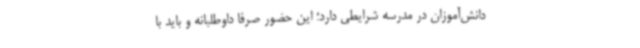
دانش‌آموزان در مدرسه شرایطی دارد؛ این حضور صرفا داوطلبانه و باید با